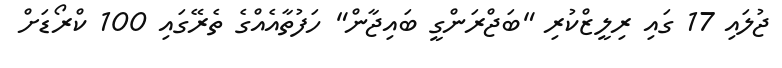
ޖުލައި 17 ގައި ރިލީޒްކުރި "ބަޖްރަންގީ ބައިޖާން" ހަފުތާއެއްގެ ތެރޭގައި 100 ކްރޯޑަށް